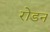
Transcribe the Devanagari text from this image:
रोडन